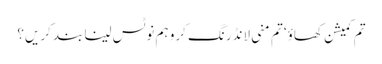
تم کمیشن کھاؤ‘ تم منی لانڈرنگ کرو ہم نوٹس لینا بند کریں؟